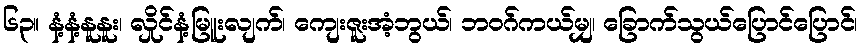
၆၃။ နံ့နံ့နူနူး၊ လှိုင်နံ့မြူးလျက်၊ ကျေးဇူးအံ့ဘွယ်၊ ဘဝဂ်ကယ်မျှ၊ ခြောက်သွယ်ပြောင်ပြောင်၊